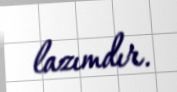
lazımdır.